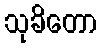
သုခိတော